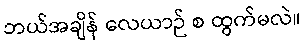
ဘယ်အချိန် လေယာဉ် စ ထွက်မလဲ။